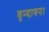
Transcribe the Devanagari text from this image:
वृन्दावन।